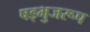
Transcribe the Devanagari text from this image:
षड्भुजरूप